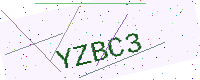
Text: YZBC3